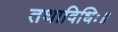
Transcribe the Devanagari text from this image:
तथाविधिः॥